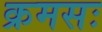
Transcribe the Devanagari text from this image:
क्रमसः